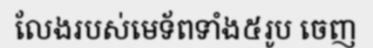
លែងរបស់មេទ័ពទាំង៥រូប ចេញ